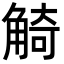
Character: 觭